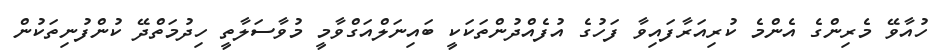
ހުއާވޭ މެރިންގެ އެންމެ ކުރިއަރާފައިވާ ފަހުގެ އުފެއްދުންތަކަކީ ބައިނަލްއަގްވާމީ މުވާސަލާތީ ހިދުމަތްދޭ ކުންފުނިތަކުން